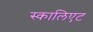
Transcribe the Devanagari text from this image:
स्कालिएट